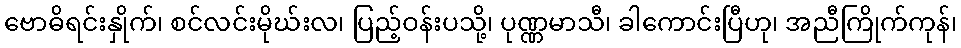
ဗောဓိရင်းနှိုက်၊ စင်လင်းမိုဃ်းလ၊ ပြည့်ဝန်းပသို့၊ ပုဏ္ဏမာသီ၊ ခါကောင်းပြီဟု၊ အညီကြိုက်ကုန်၊